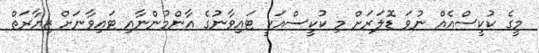
މީގެ ކުކީސްއެއް ނުވަ ޑޮލަރަށް މި ކުކީސްއަކީ ޓައިވާނުގެ އާންމުންނާއި ޓައިވާނަށް ޒިޔާރަތް